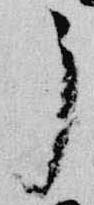
了